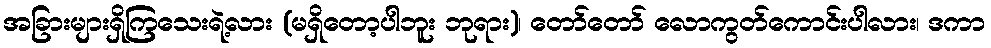
အခြားများရှိကြသေးရဲ့လား (မရှိတော့ပါဘူး ဘုရား)၊ တော်တော် လောကွတ်ကောင်းပါလား၊ ဒကာ